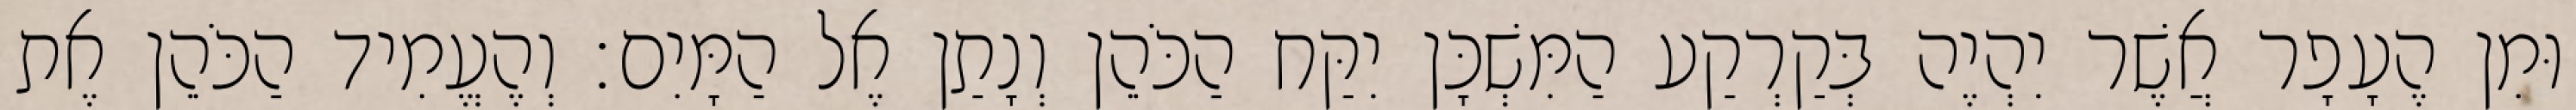
וּמִן הֶעָפָר אֲשֶׁר יִהְיֶה בְּקַרְקַע הַמִּשְׁכָּן יִקַּח הַכֹּהֵן וְנָתַן אֶל הַמָּיִם׃ וְהֶעֱמִיד הַכֹּהֵן אֶת